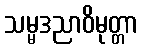
သမ္မဒညာဝိမုတ္တာ